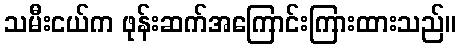
သမီးငယ်က ဖုန်းဆက်အကြောင်းကြားထားသည်။